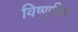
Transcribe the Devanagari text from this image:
विष्णुचित